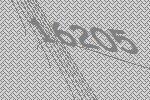
16205